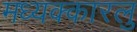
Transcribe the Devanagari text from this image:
मध्यक्कारलु